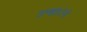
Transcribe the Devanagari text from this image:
उन्हांेने